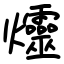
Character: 爧